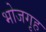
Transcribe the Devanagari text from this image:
भोजगृह